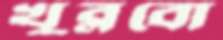
খুব্‌লবো